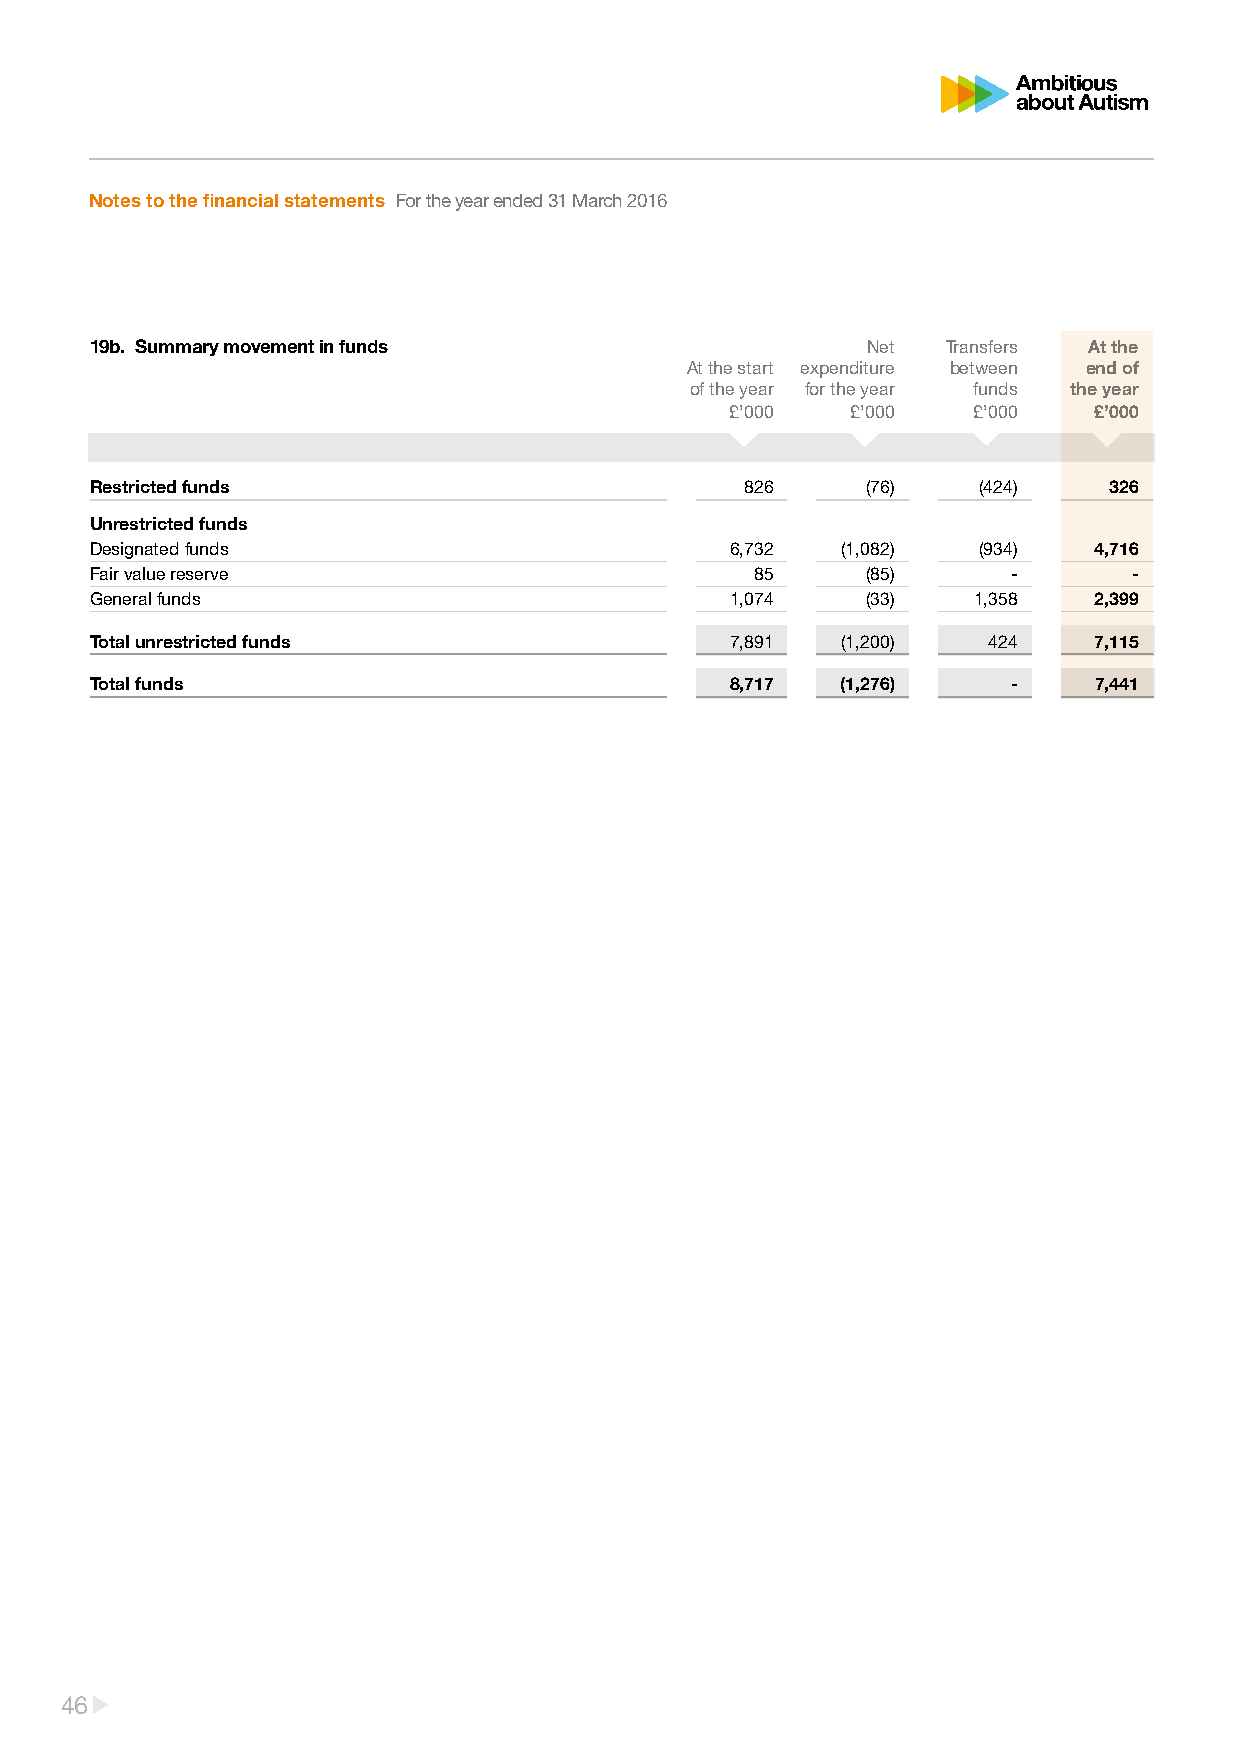
Notes to the financial statements For the year ended 31 March 2016
 19b. Summary movement in funds                     Net   Transfers At the
 At the start expenditure between end of
 of the year for the year funds the year
 £’000   £’000   £’000   £’000
 Restricted funds                           826     (76)    (424)   326
 Unrestricted funds
 Designated funds                          6,732   (1,082)  (934)  4,716
 Fair value reserve                          85     (85)      -       -
 General funds                             1,074    (33)   1,358   2,399
 Total unrestricted funds                  7,891   (1,200)  424    7,115
 Total funds                               8,717   (1,276)    -    7,441
 46